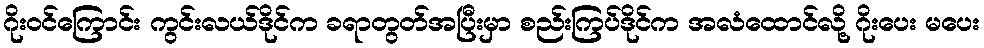
ဂိုးဝင်ကြောင်း ကွင်းလယ်ဒိုင်က ခရာတွတ်အပြီးမှာ စည်းကြပ်ဒိုင်က အလံထောင်လို့ ဂိုးပေး မပေး